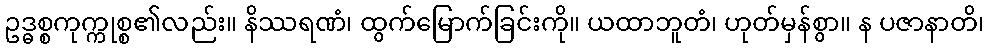
ဥဒ္ဓစ္စကုက္ကုစ္စ၏လည်း။ နိဿရဏံ၊ ထွက်မြောက်ခြင်းကို။ ယထာဘူတံ၊ ဟုတ်မှန်စွာ။ န ပဇာနာတိ၊